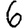
Digit: 6